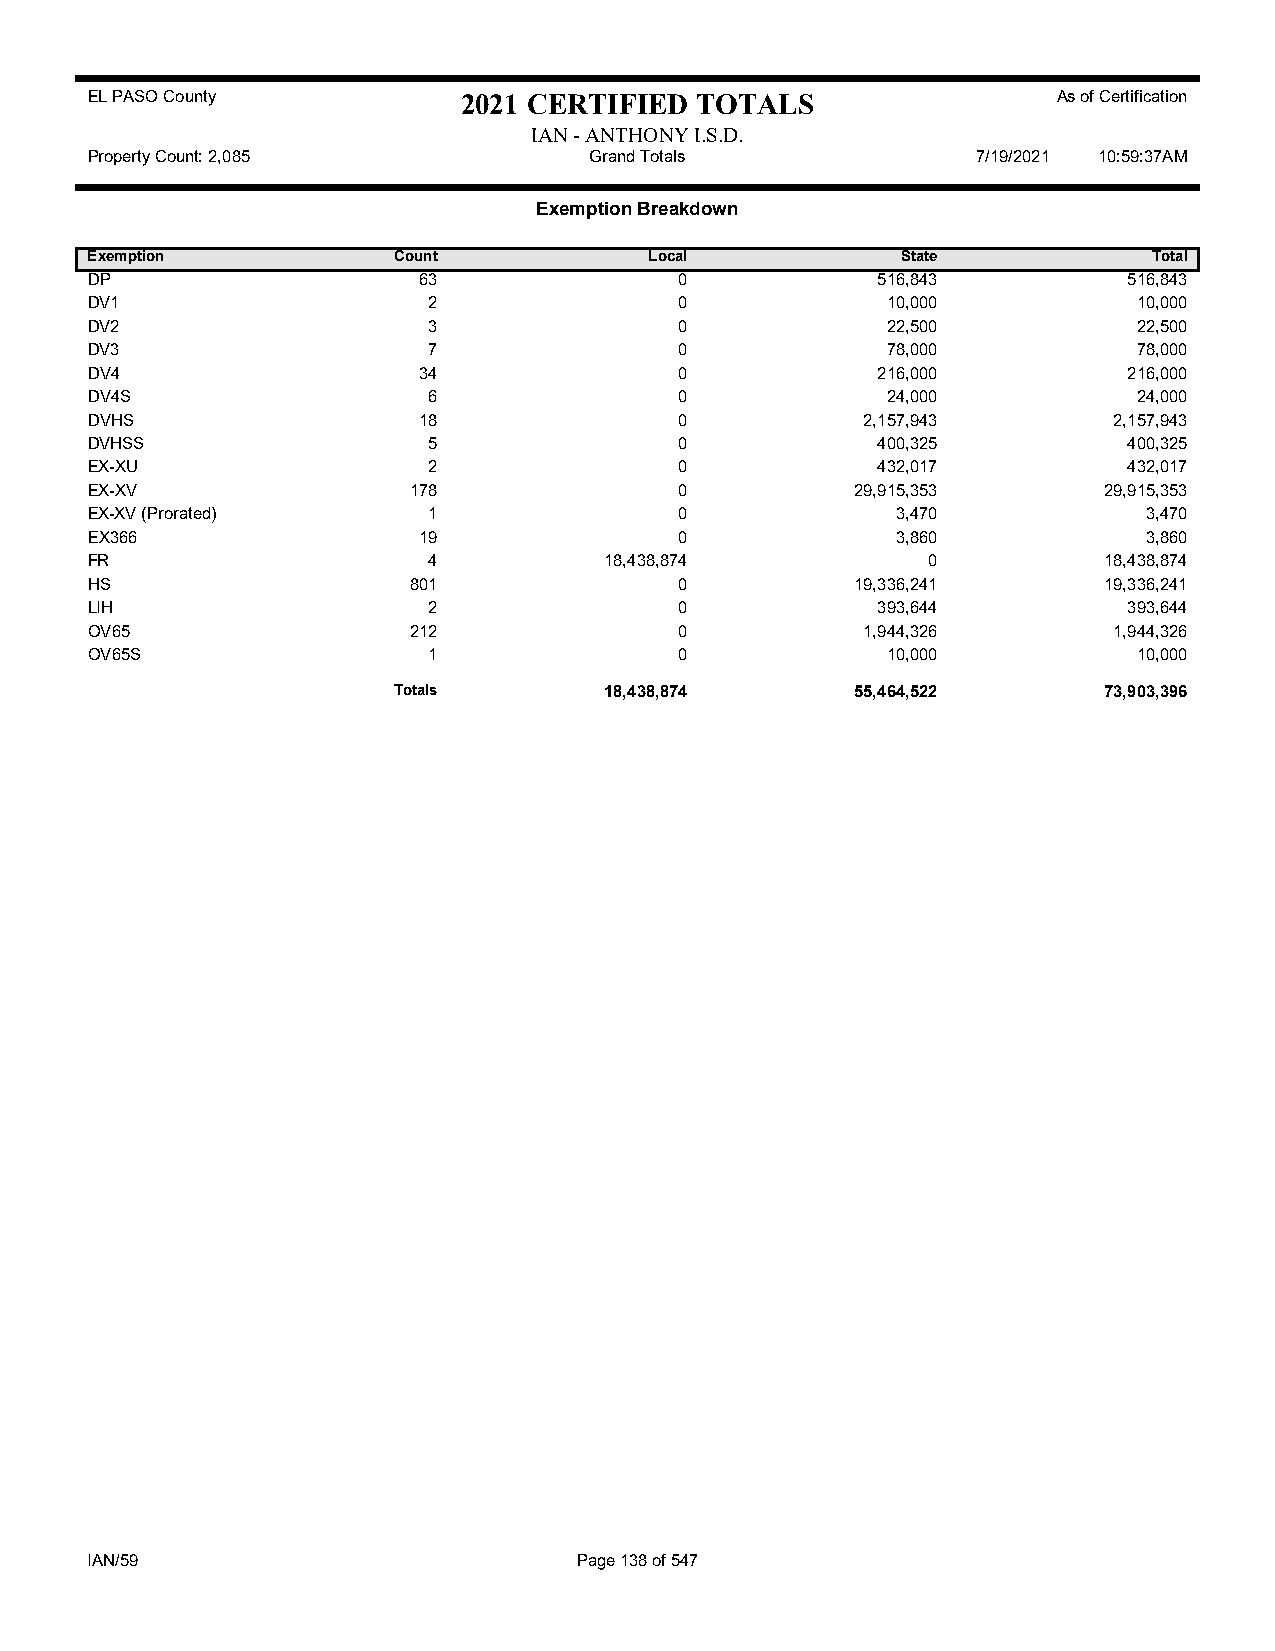
EL PASO County           2021 CERTIFIED TOTALS                  As of Certification
 IAN - ANTHONY I.S.D.
 Property Count: 2,085            Grand Totals              7/19/2021 10:59:37AM
 Exemption Breakdown
 Exemption           Count            Local            State           Total
 DP                    63               0            516,843          516,843
 DV1                   2                0             10,000          10,000
 DV2                   3                0             22,500          22,500
 DV3                   7                0             78,000          78,000
 DV4                   34               0            216,000          216,000
 DV4S                  6                0             24,000          24,000
 DVHS                  18               0           2,157,943        2,157,943
 DVHSS                 5                0            400,325          400,325
 EX-XU                 2                0            432,017          432,017
 EX-XV                178               0           29,915,353      29,915,353
 EX-XV (Prorated)      1                0             3,470            3,470
 EX366                 19               0             3,860            3,860
 FR                    4           18,438,874           0           18,438,874
 HS                   801               0           19,336,241      19,336,241
 LIH                   2                0            393,644          393,644
 OV65                 212               0           1,944,326        1,944,326
 OV65S                 1                0             10,000          10,000
 Totals        18,438,874       55,464,522      73,903,396
 IAN/59                          Page 138 of 547